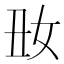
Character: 𡚽